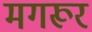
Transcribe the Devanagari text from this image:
मगरूर